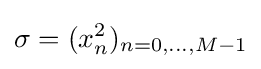
\sigma =(x_{n}^{2})_{n=0,\dots ,M-1}